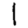
Digit: 1